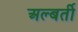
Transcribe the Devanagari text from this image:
अल्बर्ती